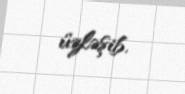
üzləşib.